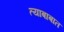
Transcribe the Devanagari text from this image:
त्याबाबात